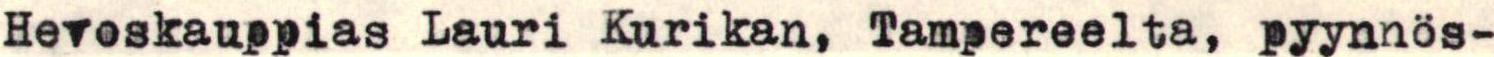
Hevoskauppias Lauri Kurikan, Tampereelta, pyynnös-